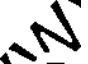
N